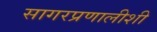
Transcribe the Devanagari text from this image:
सागरप्रणालीशी